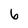
Character: 6